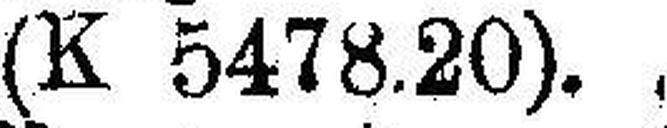
(K 5478.20).